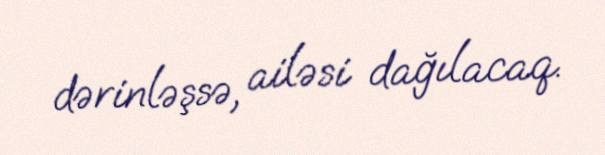
dərinləşsə, ailəsi dağılacaq.